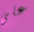
على